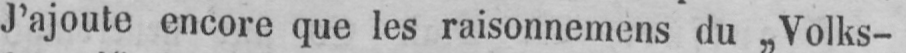
J’ajoute encore que les raisonnemens du „Volks-